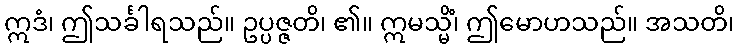
ဣဒံ၊ ဤသင်္ခါရသည်။ ဥပ္ပဇ္ဇတိ၊ ၏။ ဣမသ္မိံ၊ ဤမောဟသည်။ အသတိ၊